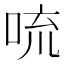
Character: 𪠻